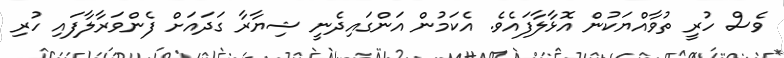
ވެސް ހުރީ ތުވާއްޔަކުން އޮޅާލާފައެވެ. އެކަމުން އަންގައިދެނީ ޝިޔާރާ ގަދައަަށް ފެންވަރާލާފައި ހުރި